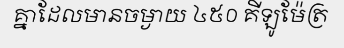
គ្នាដែលមានចម្ងាយ ៤៥០ គីឡូម៉ែត្រ